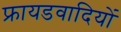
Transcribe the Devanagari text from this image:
फ्रायडवादियों